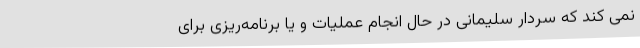
نمی کند که سردار سلیمانی در حال انجام عملیات و یا برنامه‌ریزی برای